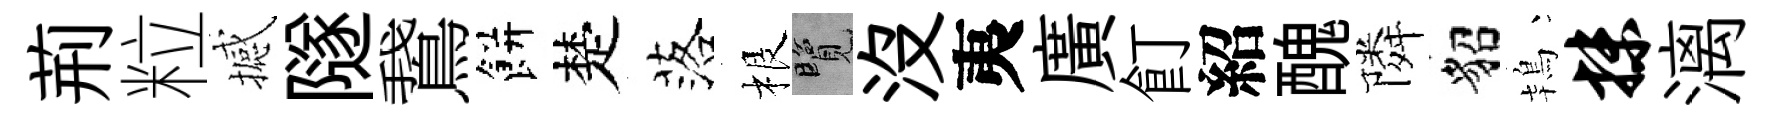
荊粒撼隧鵞餅楚落根覽没夷廣飣紹醜隣貂鴇抹漓